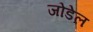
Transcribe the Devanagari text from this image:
जोडेल